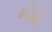
બોરો